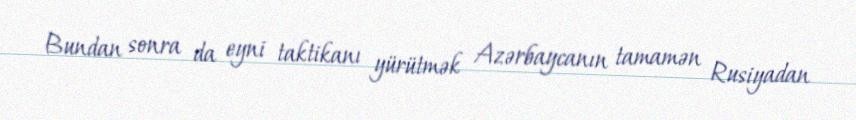
Bundan sonra da eyni taktikanı yürütmək Azərbaycanın tamamən Rusiyadan